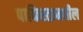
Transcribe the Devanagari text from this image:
पाकिस्तानधील